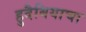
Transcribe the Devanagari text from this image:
हुदैबियाचा